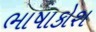
ભાષાકોશ